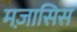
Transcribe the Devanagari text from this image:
मज़ासिस